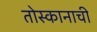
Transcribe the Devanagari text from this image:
तोस्कानाची